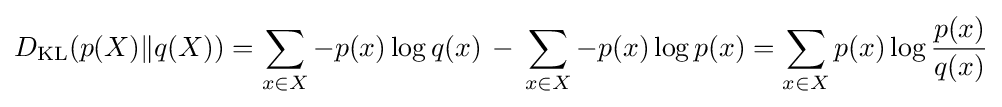
D_{\mathrm {KL} }(p(X)\|q(X))=\sum _{x\in X}-p(x)\log {q(x)}\,-\,\sum _{x\in X}-p(x)\log {p(x)}=\sum _{x\in X}p(x)\log {\frac {p(x)}{q(x)}}